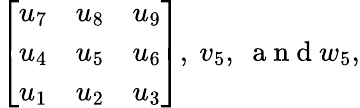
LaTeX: \left[\begin{array}{lll}{u_{7}}&{u_{8}}&{u_{9}}\\ {u_{4}}&{u_{5}}&{u_{6}}\\ {u_{1}}&{u_{2}}&{u_{3}}\end{array}\right],~v_{5},~\mathrm{~a~n~d~}w_{5},